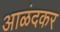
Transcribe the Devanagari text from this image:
आळंदकर